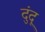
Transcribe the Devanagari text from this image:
दुंदू